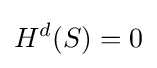
H^{d}(S)=0